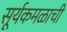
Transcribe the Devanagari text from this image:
सूर्यकमळाची